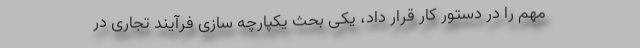
مهم را در دستور کار قرار داد، یکی بحث یکپارچه سازی فرآیند تجاری در